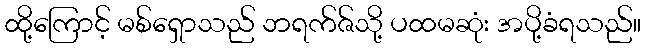
ထို့ကြောင့် မစ်ရှောသည် ဘရက်ဇ်သို့ ပထမဆုံး အပို့ခံရသည်။